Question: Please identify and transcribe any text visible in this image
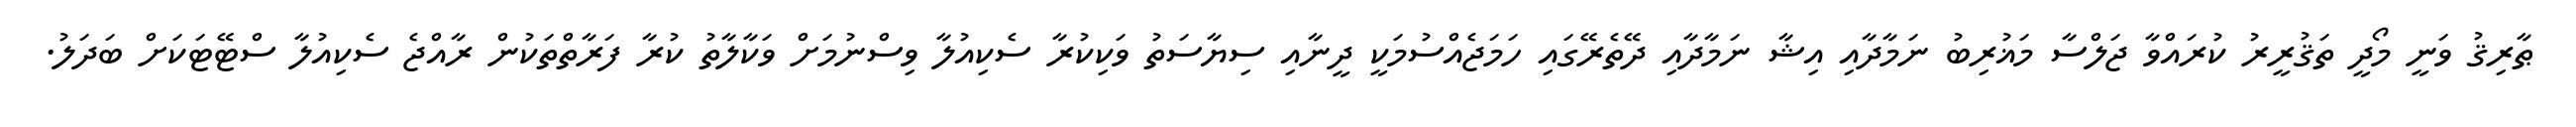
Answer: ޠާރިޤު ވަނީ މޯދީ ތަޤުރީރު ކުރައްވާ ޖަލްސާ މަޣުރިބު ނަމާދާއި އިޝާ ނަމާދާއި ދޭތެރޭގައި ހަމަޖެއްސުމަކީ ދީނާއި ސިޔާސަތު ވަކިކުރާ ސެކިއުލާ ވިސްނުމަށް ވަކާލާތު ކުރާ ފަރާތްތަކުން ރާއްޖެ ސެކިއުލާ ސްޓޭޓަކަށް ބަދަލު.